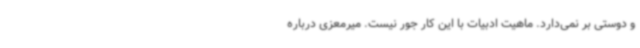
و دوستی بر نمی‌دارد. ماهیت ادبیات با این کار جور نیست. میرمعزی درباره